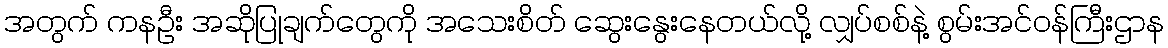
အတွက် ကနဦး အဆိုပြုချက်တွေကို အသေးစိတ် ဆွေးနွေးနေတယ်လို့ လျှပ်စစ်နဲ့ စွမ်းအင်ဝန်ကြီးဌာန